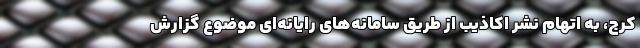
کرج، به اتهام نشر اکاذیب از طریق سامانه‌های رایانه‌ای موضوع گزارش